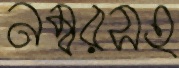
নম্বরসহ